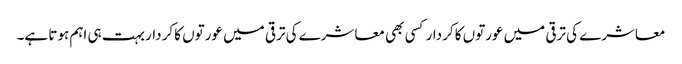
معاشرے کی ترقی میں عورتوں کا کردار کسی بھی معاشرے کی ترقی میں عورتوں کا کردار بہت ہی اہم ہوتا ہے۔